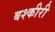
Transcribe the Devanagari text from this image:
बश्कीरी